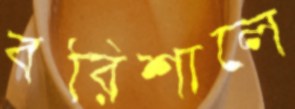
বরিশালে